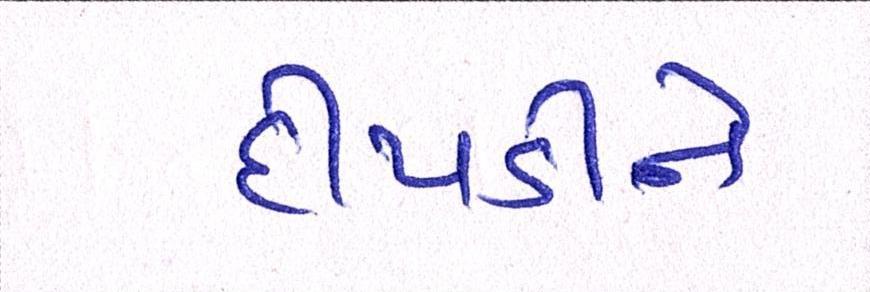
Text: દીપડીને